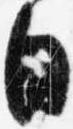
日